Insane asylums in Bengal annual reports 1876-1887 - 1876-1887
Year: 1876
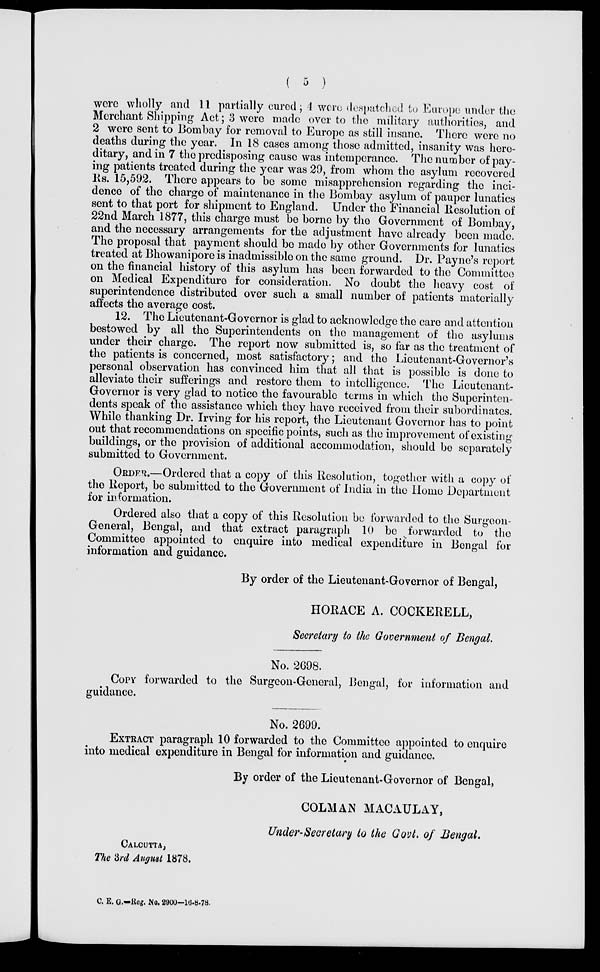
( 5 )
were wholly and 11 partially cured; 4 were despatched to Europe under the
Merchant Shipping Act; 3 were made over to the military authorities, and
2 were sent to Bombay for removal to Europe as still insane. There were no
deaths during the year. In 18 cases among those admitted, insanity was here-
ditary, and in 7 the predisposing cause was intemperance. The number of pay-
ing patients treated during the year was 29, from whom the asylum recovered
Rs. 15,592. There appears to be some misapprehension regarding the inci-
dence of the charge of maintenance in the Bombay asylum of pauper lunatics
sent to that port for shipment to England. Under the Financial Resolution of
22nd March 1877, this charge must be borne by the Government of Bombay,
and the necessary arrangements for the adjustment have already been made.
The proposal that payment should be made by other Governments for lunatics
treated at Bhowanipore is inadmissible on the same ground. Dr. Payne's report
on the financial history of this asylum has been forwarded to the Committee
on Medical Expenditure for consideration. No doubt the heavy cost of
superintendence distributed over such a small number of patients materially
affects the average cost.
12. The Lieutenant-Governor is glad to acknowledge the care and attention
bestowed by all the Superintendents on the management of the asylums
under their charge. The report now submitted is, so far as the treatment of
the patients is concerned, most satisfactory; and the Lieutenant-Governor's
personal observation has convinced him that all that is possible is done to
alleviate their sufferings and restore them to intelligence. The Lieutenant-
Governor is very glad to notice the favourable terms in which the Superinten-
dents speak of the assistance which they have received from their subordinates.
While thanking Dr. Irving for his report, the Lieutenant Governor has to point
out that recommendations on specific points, such as the improvement of existing
buildings, or the provision of additional accommodation, should be separately
submitted to Government.
ORDER.—Ordered that a copy of this Resolution, together with a copy of
the Report, be submitted to the Government of India in the Home Department
for information.
Ordered also that a copy of this Resolution be forwarded to the Surgeon-
General, Bengal, and that extract paragraph 10 be forwarded to the
Committee appointed to enquire into medical expenditure in Bengal for
information and guidance.
By order of the Lieutenant-Governor of Bengal,
HORACE A. COCKERELL,
Secretary to the Government of Bengal.
No. 2698.
COPY forwarded to the Surgeon-General, Bengal, for information and
guidance.
No. 2699.
EXTRACT paragraph 10 forwarded to the Committee appointed to enquire
into medical expenditure in Bengal for information and guidance.
By order of the Lieutenant-Governor of Bengal,
COLMAN MACAULAY,
Under-Secretary to the Govt. of Bengal.
CALCUTTA,
The 3rd August 1878.
C. E. G.—Reg. No. 2900—16-8-78.